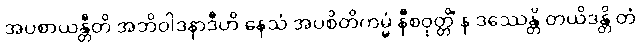
အပစာယန္တီတိ အဘိဝါဒနာဒီဟိ နေသံ အပစိတိကမ္မံ နီစဝုတ္တိံ န ဒဿေန္တိ တယိဒန္တိ တံ